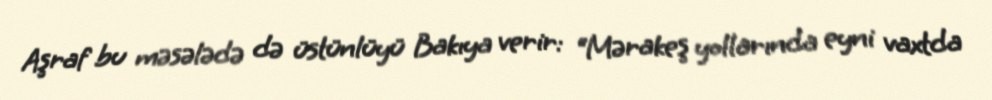
Aşraf bu məsələdə də üstünlüyü Bakıya verir: “Mərakeş yollarında eyni vaxtda